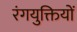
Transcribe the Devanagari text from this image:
रंगयुक्तियों